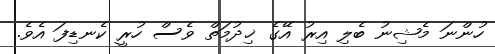
ހުންނަ މެޝިނު ބެލި އިރު އޭގެ ޚިދުމަތް ވެސް ހުރީ ކެނޑިފަ އެވެ.